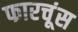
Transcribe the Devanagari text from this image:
फारचूंस